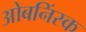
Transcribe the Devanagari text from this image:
ओबनिंस्क